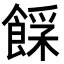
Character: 𩜿